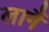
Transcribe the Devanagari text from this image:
लागैं